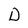
Character: D